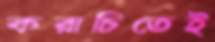
করাচিতেই